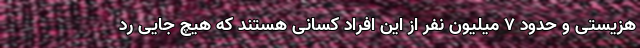
هزیستی و حدود ۷ میلیون نفر از این افراد کسانی هستند که هیچ جایی رد